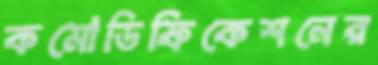
কমোডিফিকেশনের